Annual report of the Punjab Veterinary College and of the Civil Veterinary Department, Punjab - 1926-1932
Year: 1926
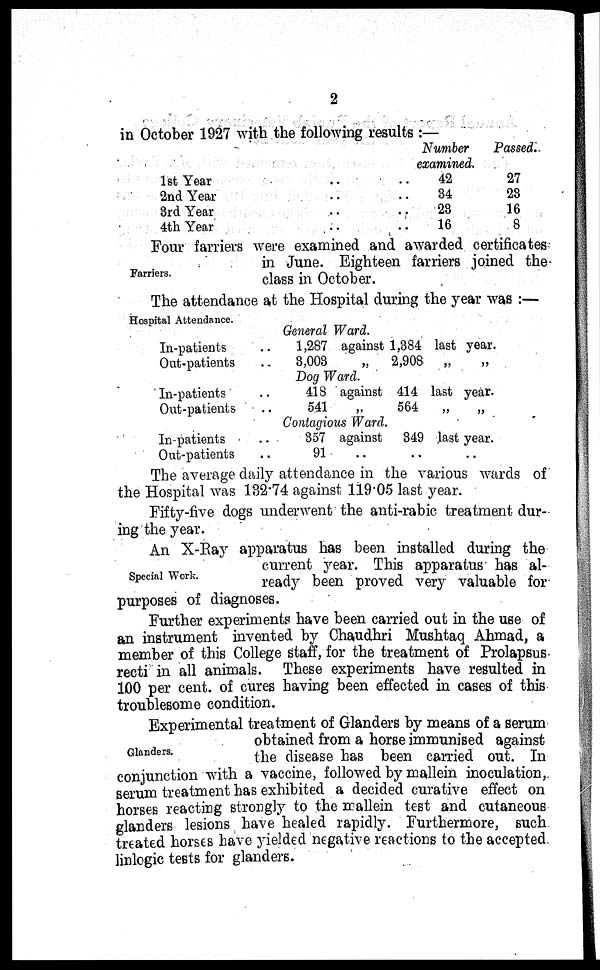
2
in October 1927 with the following results :—
1st Year .. ..
2nd Year .. ..
3rd Year .. ..
4th Year .. ..
Number
examined.
42
34
23
16
Passed.
27
23
16
8
Farriers.
Four farriers were examined and awarded certificates
in June. Eighteen farriers joined the
class in October.
Hospital Attendance.
The attendance at the Hospital during the year was :—
General Ward.
In-patients ..
Out-patients ..
1,287
3,003
against
„
1,384
2,908
last year.
„ „
Dog Ward.
In-patients ..
Out-patients ..
418
541
against
„
414
564
last year.
„ „
Contagious Ward.
In-patients ..
Out-patients ..
357
91
against
..
349
..
last year.
..
The average daily attendance in the various wards of
the Hospital was 132.74 against 119.05 last year.
Fifty-five dogs underwent the anti-rabic treatment dur-
ing the year.
Special Work.
An X-Ray apparatus has been installed during the
current year. This apparatus has al-
ready been proved very valuable for
purposes of diagnoses.
Further experiments have been carried out in the use of
an instrument invented by Chaudhri Mushtaq Ahmad, a
member of this College staff, for the treatment of Prolapsus
recti in all animals. These experiments have resulted in
100 per cent. of cures having been effected in cases of this
troublesome condition.
Glanders.
Experimental treatment of Glanders by means of a serum
obtained from a horse immunised against
the disease has been carried out. In
conjunction with a vaccine, followed by mallein inoculation,
serum treatment has exhibited a decided curative effect on
horses reacting strongly to the mallein test and cutaneous
glanders lesions have healed rapidly. Furthermore, such
treated horses have yielded negative reactions to the accepted
linlogic tests for glanders.